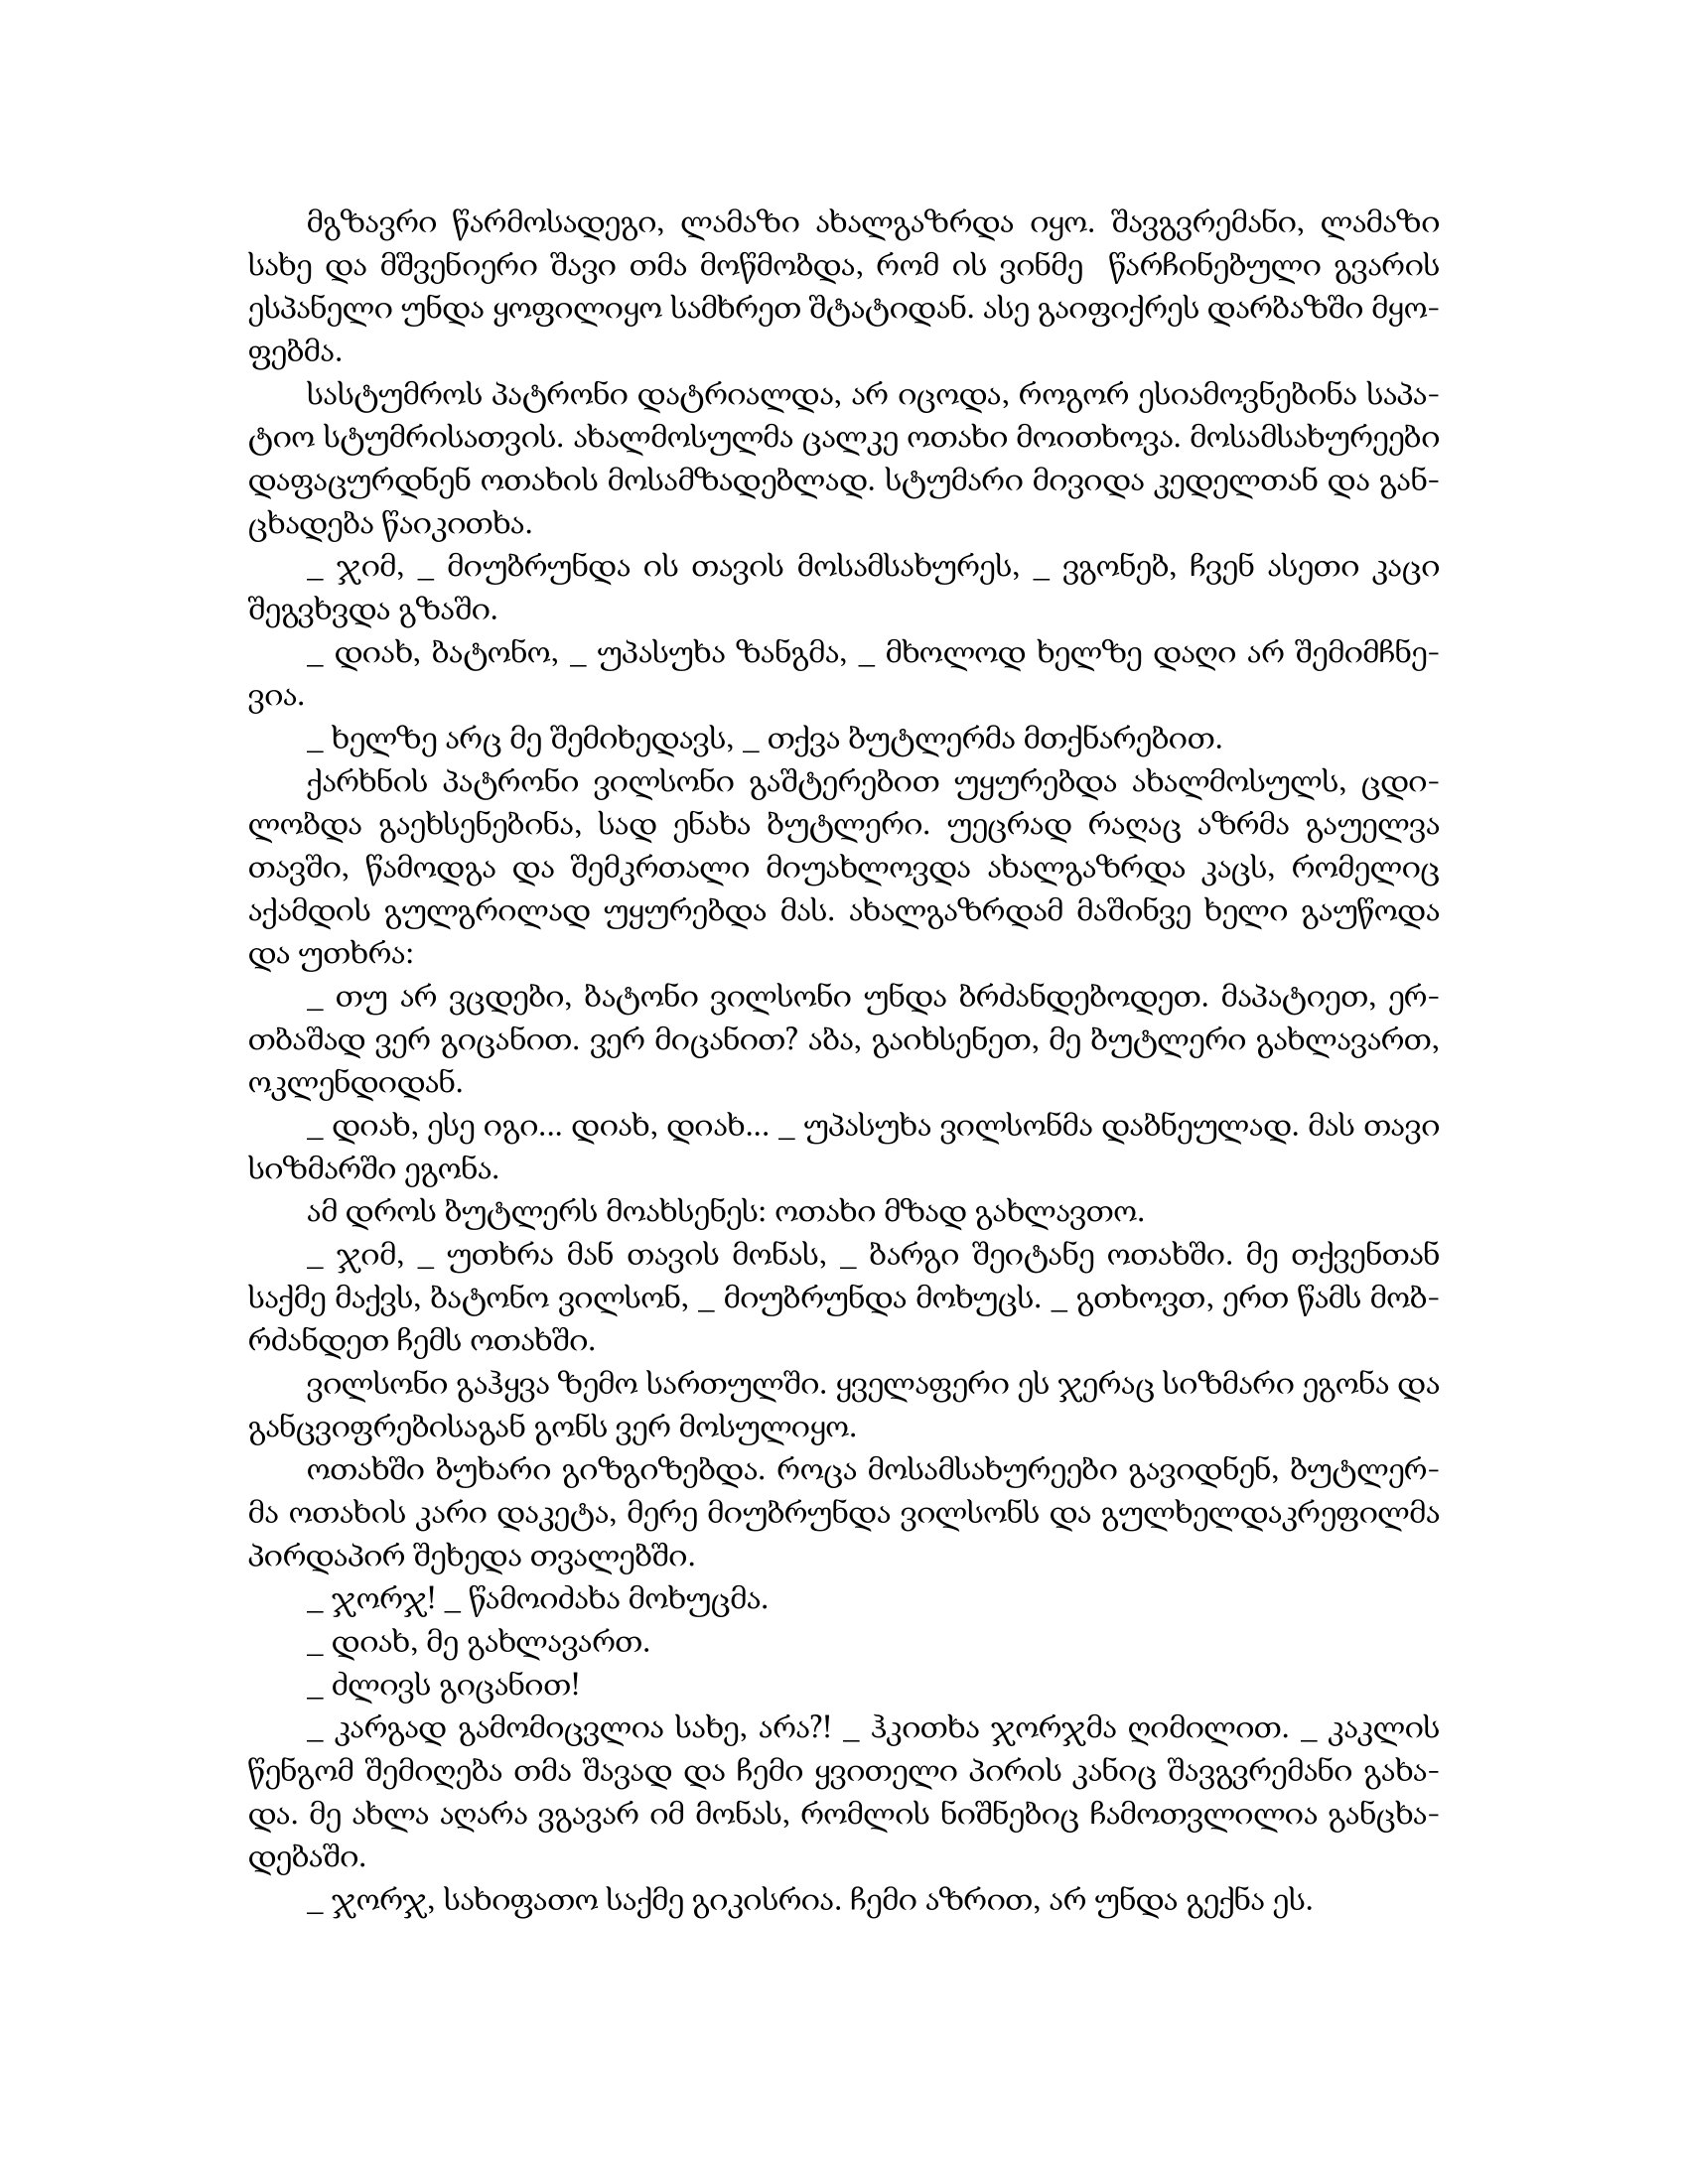
Language: gr